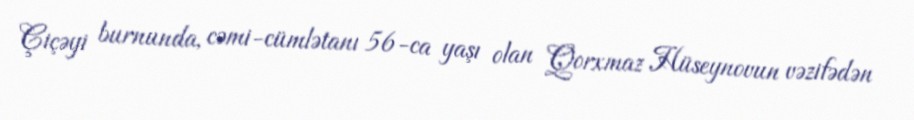
Çiçəyi burnunda, cəmi-cümlətanı 56-ca yaşı olan Qorxmaz Hüseynovun vəzifədən